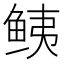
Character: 𱇧